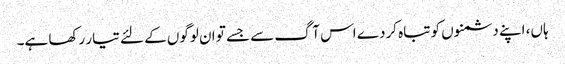
ہاں، اپنے دشمنوں کو تباہ کردے اس آگ سے جسے تو ان لوگوں کے لئے تیار رکھا ہے۔